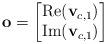
LaTeX: \begin{align*}{\bf o}=\begin{bmatrix}{\rm Re}({\bf v}_{c,1}) \\ {\rm Im}({\bf v}_{c,1})\end{bmatrix}\end{align*}